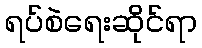
ရပ်စဲရေးဆိုင်ရာ